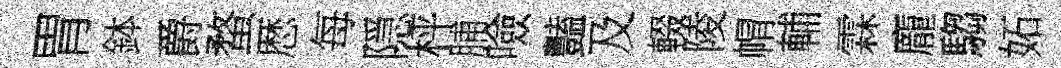
胃鉢爵蝥厯每隠枰脯噞豔及輟陵㡌輔霖龐騶妬